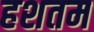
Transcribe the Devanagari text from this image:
हशतम